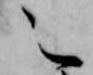
之